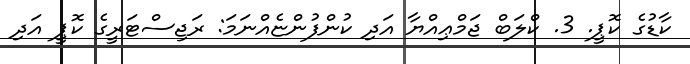
ކާޑުގެ ކޮޕީ. 3. ކްލަބް ޖަމްޢިއްޔާ އަދި ކުންފުންޏެއްނަމަ: ރަޖިސްޓަރީގެ ކޮޕީ އަދި